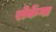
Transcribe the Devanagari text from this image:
रोकेंगा